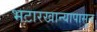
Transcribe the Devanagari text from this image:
भटारखान्यापासून